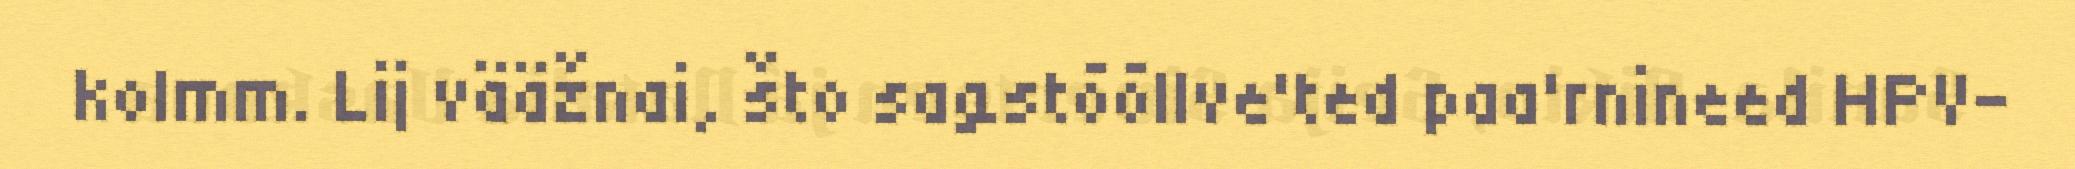
kolmm. Lij vääžnai, što saǥstõõllve'ted paa'rnineed HPV-